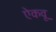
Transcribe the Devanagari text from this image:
ऐकवू